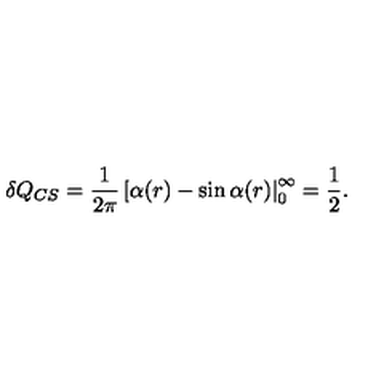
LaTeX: \delta Q _ { C S } = \frac { 1 } { 2 \pi } \left[ \alpha ( r ) - \sin \alpha ( r ) \right| _ { 0 } ^ { \infty } = \frac { 1 } { 2 } .